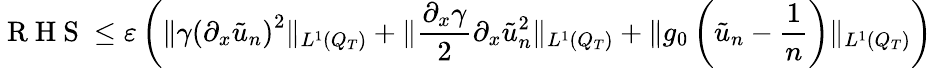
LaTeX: \mathrm{~R~H~S~}\leq\varepsilon\left(\lVert\gamma\left(\partial_{x}\tilde{u}_{n}\right)^{2}\rVert_{L^{1}(Q_{T})}+\lVert\frac{\partial_{x}\gamma}{2}\partial_{x}\tilde{u}_{n}^{2}\rVert_{L^{1}(Q_{T})}+\lVert g_{0}\left(\tilde{u}_{n}-\frac{1}{n}\right)\rVert_{L^{1}(Q_{T})}\right)